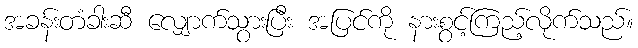
အခန်းတံခါးဆီ လျှောက်သွားပြီး အပြင်ကို နားစွင့်ကြည့်လိုက်သည်။